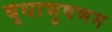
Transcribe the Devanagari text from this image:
बुधाभुषणम